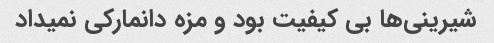
شیرینی‌ها بی کیفیت بود و مزه دانمارکی نمیداد